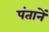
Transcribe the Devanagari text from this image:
पंतानें